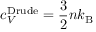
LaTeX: c _ { V } ^ { \mathrm { D r u d e } } = { \frac { 3 } { 2 } } n k _ { \mathrm { { B } } }